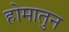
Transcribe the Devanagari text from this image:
होमातुन